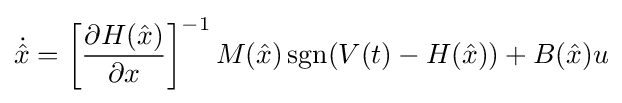
{\dot {\hat {x}}}=\left[{\frac {\partial H({\hat {x}})}{\partial x}}\right]^{-1}M({\hat {x}})\operatorname {sgn}(V(t)-H({\hat {x}}))+B({\hat {x}})u